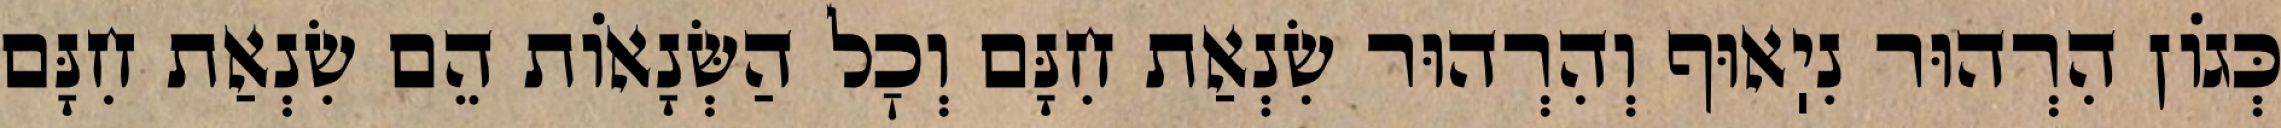
כְּגוֹן הִרְהוּר נִיֽאוּף וְהִרְהוּר שִׂנְאַת חִנָּם וְכׇל הַשְּׂנָאוֹת הֵם שִׂנְאַת חִנָּם